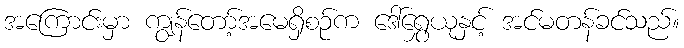
အကြောင်းမှာ ကျွန်တော့်အမေရှိစဉ်က ဒေါ်ရွှေယုနှင့် အင်မတန်ခင်သည်။